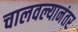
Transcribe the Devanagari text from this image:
चालवल्यानंतर